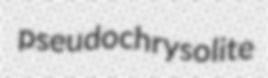
pseudochrysolite